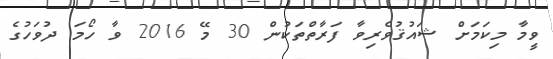
ވީމާ މިކަމަށް ޝައުޤުވެރިވާ ފަރާތްތަކުން 30 މޭ 2016 ވާ ހޯމަ ދުވަހުގެ